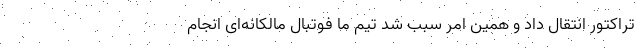
تراکتور انتقال داد و همین امر سبب شد تیم ما فوتبال مالکانه‌ای انجام